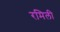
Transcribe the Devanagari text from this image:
रमिली